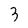
Character: 3